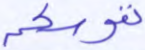
نفوسكم